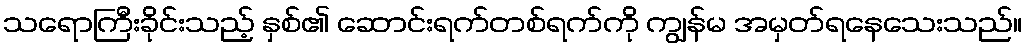
သရောကြီးခိုင်းသည့် နှစ်၏ ဆောင်းရက်တစ်ရက်ကို ကျွန်မ အမှတ်ရနေသေးသည်။